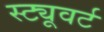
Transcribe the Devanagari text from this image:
स्ट्यूवर्ट